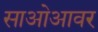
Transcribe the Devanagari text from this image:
साओआवर